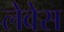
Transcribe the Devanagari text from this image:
लेवेस